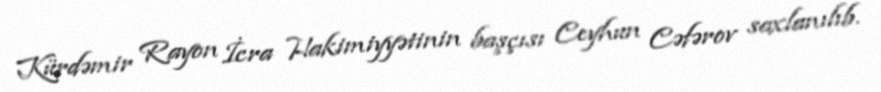
Kürdəmir Rayon İcra Hakimiyyətinin başçısı Ceyhun Cəfərov saxlanılıb.